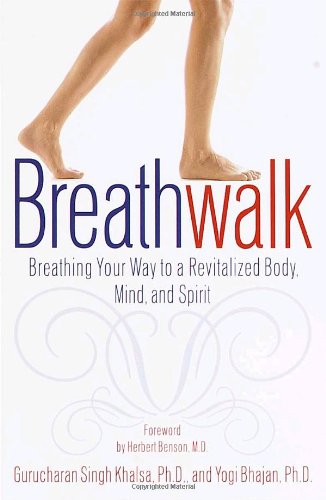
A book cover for Breathwalk: Breathing Your Way to a Revitalized Body, Mind and Spirit; Gurucharan Singh Khalsa; Health, Fitness & Dieting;